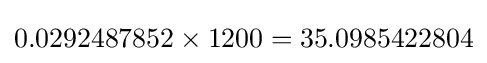
0.0292487852\times 1200=35.0985422804